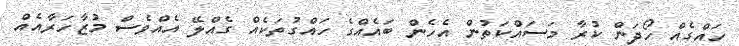
ހައްގެއް ހޯދަން ކުރާ މަސައްކަތުން އެހެން ބައެއްގެ ހައްގުތަކެއް ގެއްލޭ އެއްވެސް މުޒާހަރާއެއް